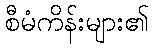
စီမံကိန်းများ၏